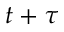
t + \tau